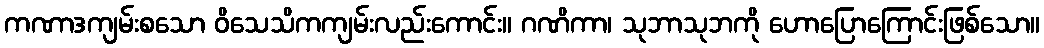
ကဏာဒကျမ်းစသော ဝိသေသိကကျမ်းလည်းကောင်း။ ဂဏိကာ၊ သုဘာသုဘကို ဟောပြောကြောင်းဖြစ်သော။